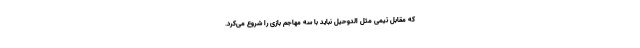
که مقابل تیمی مثل الدوحیل نباید با سه مهاجم بازی را شروع می‌کرد.